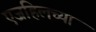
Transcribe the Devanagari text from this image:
एजहिलच्या